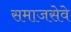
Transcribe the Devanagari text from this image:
समाजसेवे